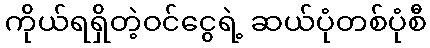
ကိုယ်ရရှိတဲ့ဝင်ငွေရဲ့ ဆယ်ပုံတစ်ပုံစီ